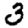
Digit: 3